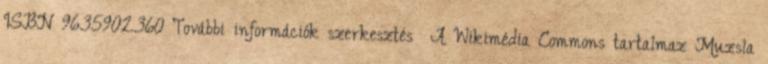
ISBN 9635902360 További információk szerkesztés A Wikimédia Commons tartalmaz Muzsla